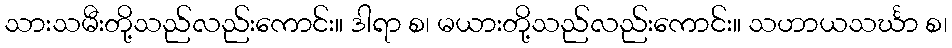
သားသမီးတို့သည်လည်းကောင်း။ ဒါရာ စ၊ မယားတို့သည်လည်းကောင်း။ သဟာယသင်္ဃာ စ၊